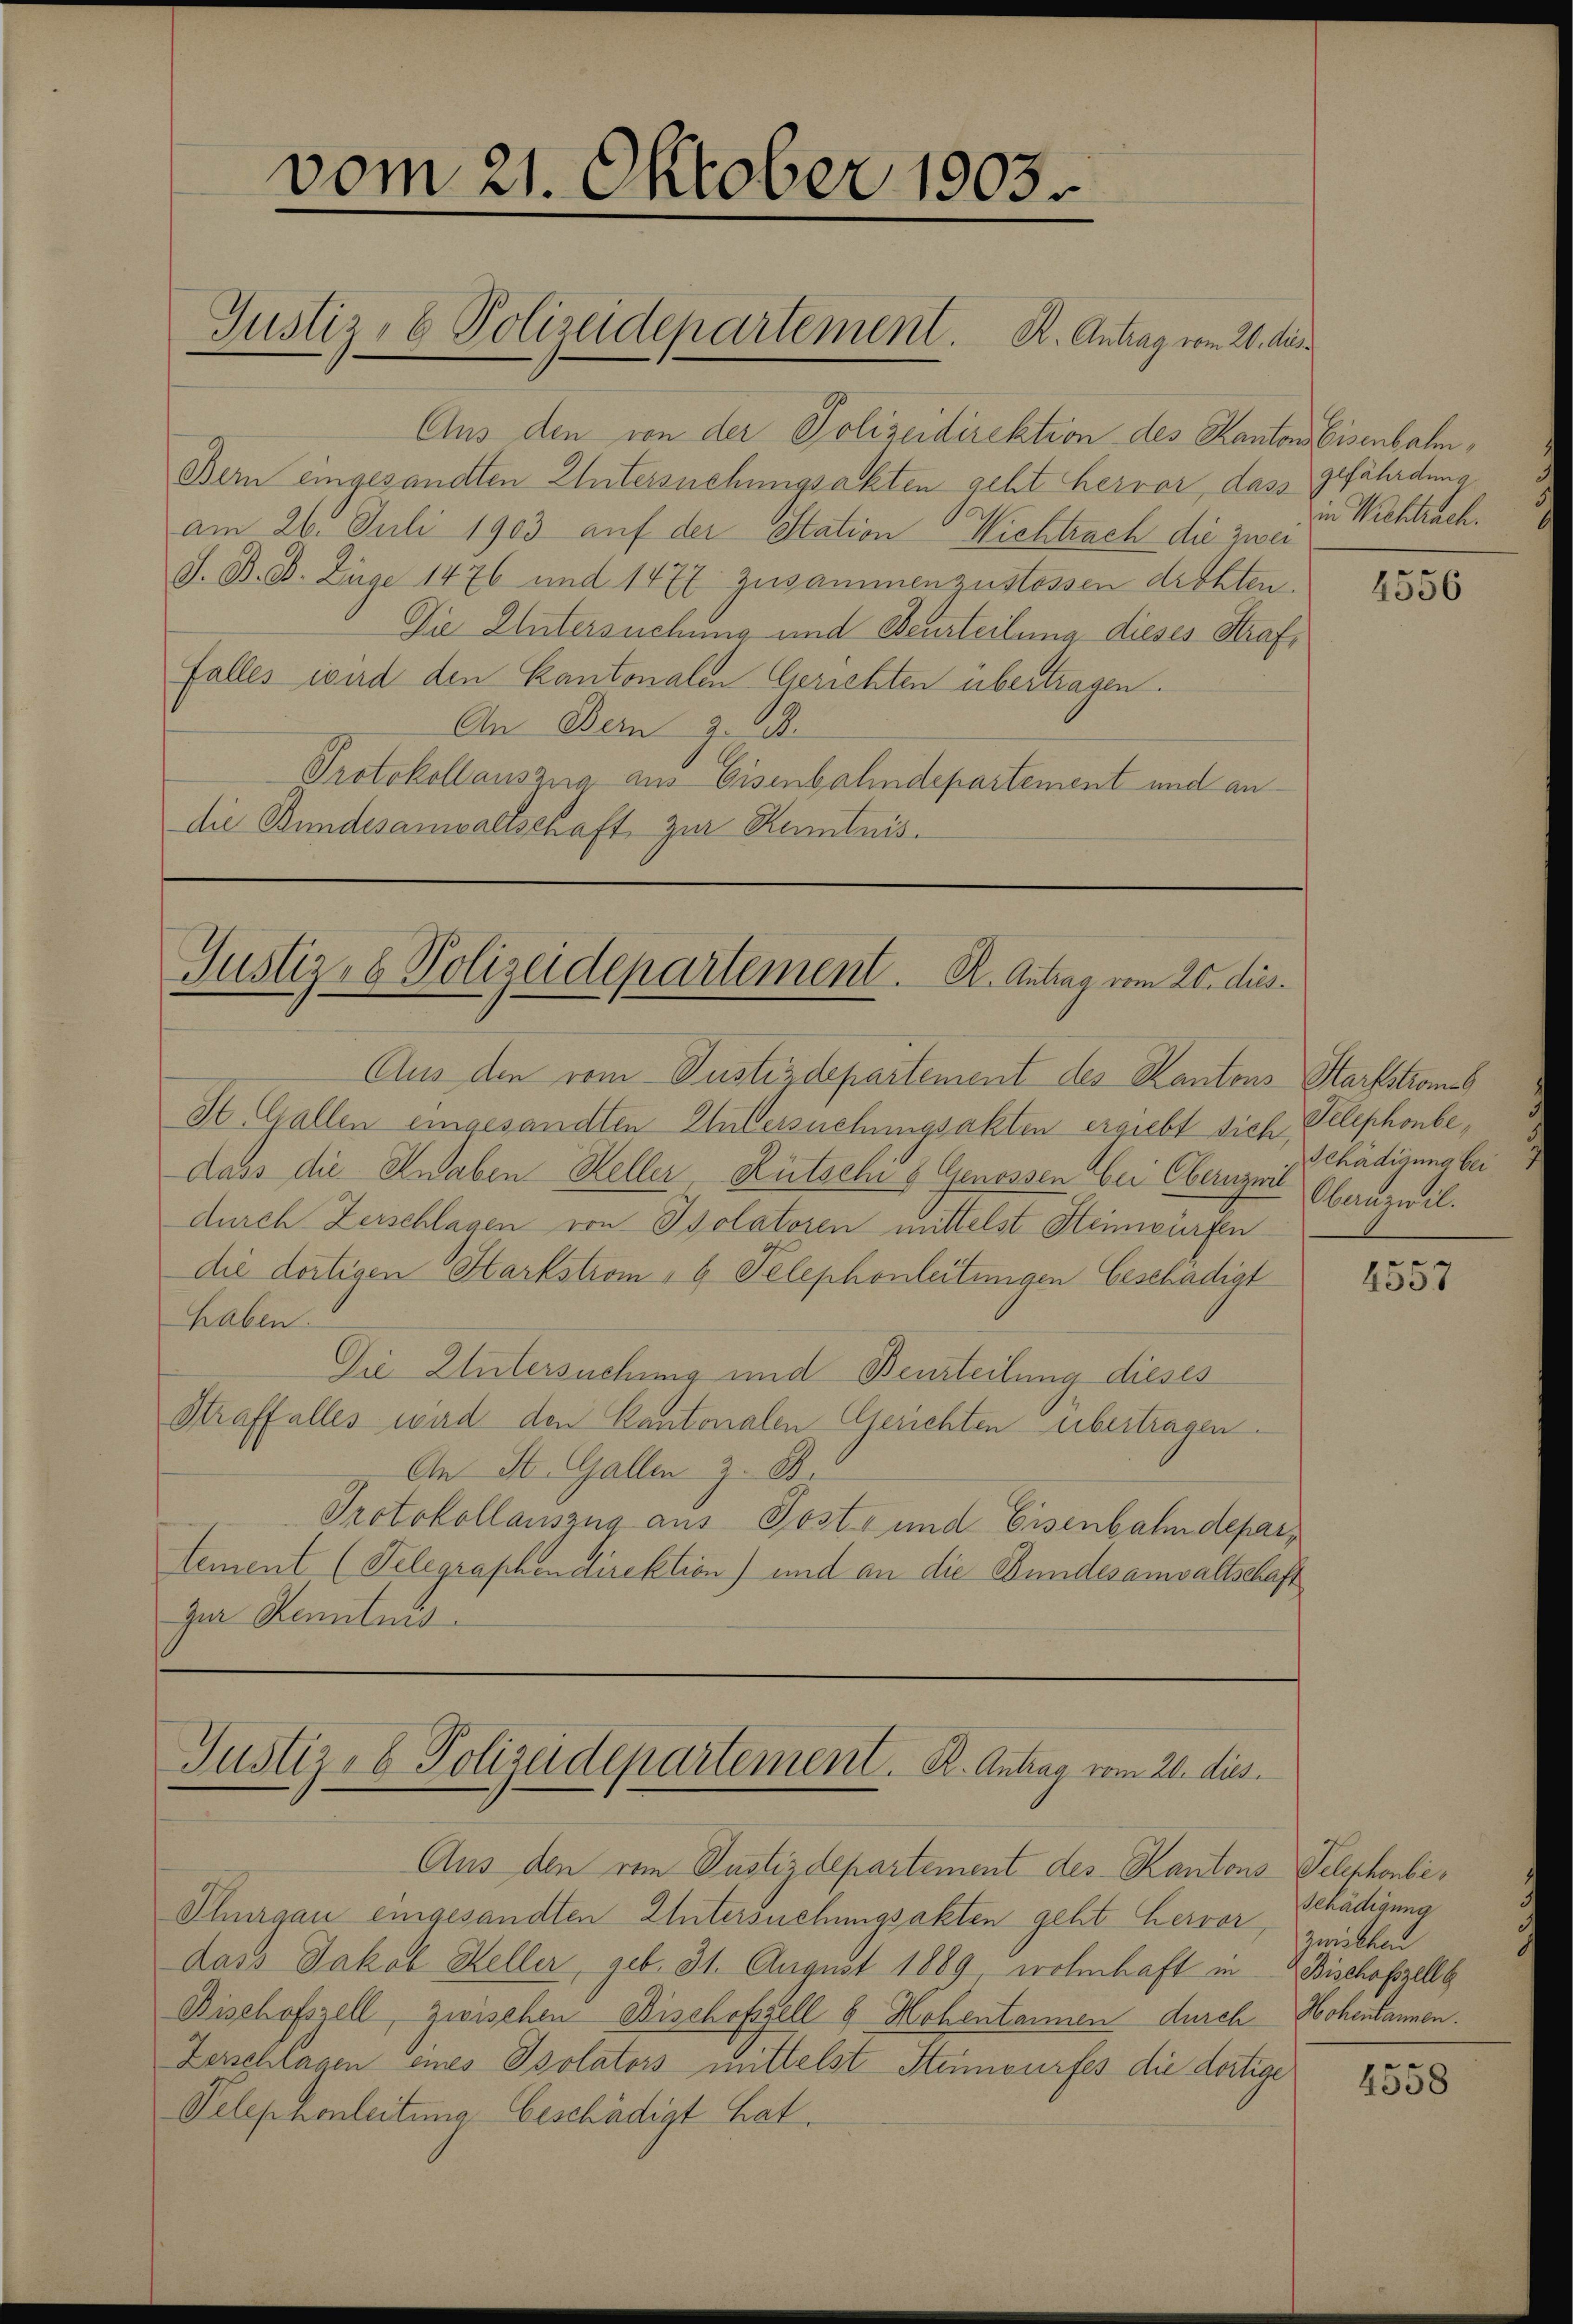
vom 21. Oktober 1903.

Justiz- & Polizeidepartement. K. Antrag vom 20. de

Aus den von der Polizeidirektion des Kantons Eisenbahn¬
Bern eingesandten Untersuchungsakten geht hervor, dass gefährdung
am 26. Juli 1903 auf der Station Nichtrach die zwei
J. B. d. Züge 1476 und 1477 zusammenzustossen drohten.
Die Untersuchung und Beurteilung dieses Straffalles wird den Kantonalen Gerichten übertragen.
An Bern z. B.
Protokoll auszug aus Eisenbahndepartement und andie Bundesanwaltschaft zur Rumtnis.

Justiz- & Polizeidepartement. K. Antrag vom 20. dies

Aus den vom Justizdepartement des Kantons Starfstromes
St. Gallen eingesandten Untersuchungsakten ergiebt sich Telephonbedass die Inhaben Heller Kutschi 5 Genossen bei Obernzwil Obernznil.
durch Zerschlagen von Isolatoren mittelst Steinwürfen
die dortigen Harkstrom, Telephonleitungen beschädigt
haben.
Die Untersuchung und Beurteilung dieses
Straffalles wird den Kantonalen Gerichten übertragen
An St. Gallen z. B.
Protokollauszug aus Post- und Eisenbahndepartement (Telegraphendirektion) und an die Bundesanwaltschaft
zur Kenntnis.

Justiz- & Polizeidepartement. K. Antrag vom 20. dies

Aus den von Justizdepartement des Kantons Telephonbe¬
Thurgau eingesandten Untersuchungsakten geht hervor, zweckten
dass Jakob Heller, geb. 31. August 1889, wohnhaft in Bischofzelle
Bischofszell, zwischen Bischofzell 6 Hohentannen durch Hohentannen.
Zerschlagen eines Isolators mittelst Stenwurfes die dort
Telephonleitung beschädigt hat.

in Wichtrach.

ges

4556

Schädigung bei

3
4001

Schädigung

4558